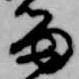
留